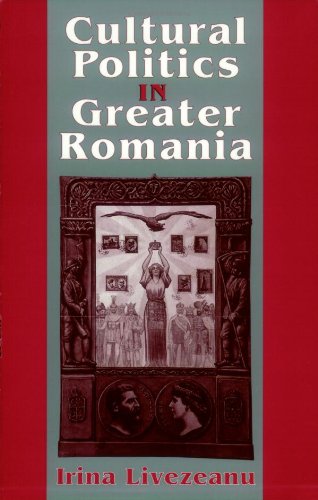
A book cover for Cultural Politics in Greater Romania: Regionalism, Nation Building, and Ethnic Struggle, 1918-1930; Irina Livezeanu; History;